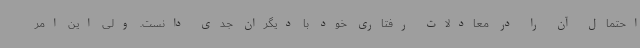
احتمال آن را در معادلات رفتاری خود با دیگران جدی دانست. ولی این امر